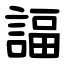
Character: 諨